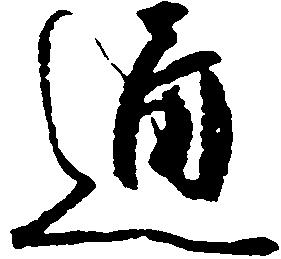
通